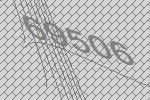
69506